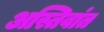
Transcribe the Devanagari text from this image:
अस्तिवांत